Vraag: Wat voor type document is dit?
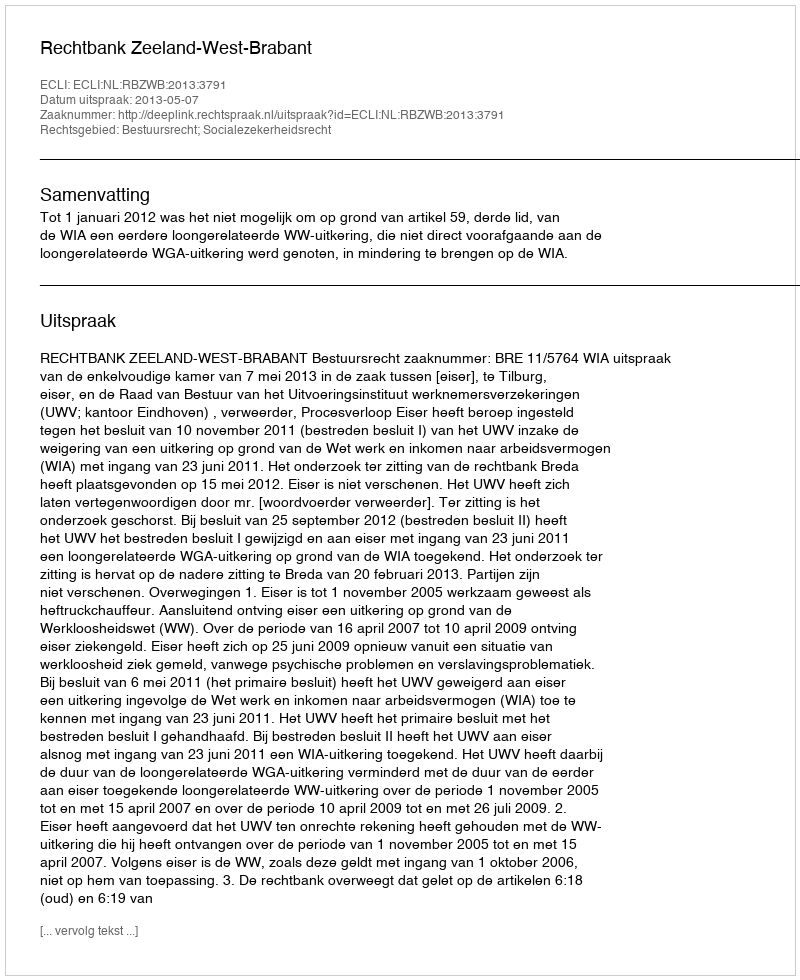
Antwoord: Uitspraak